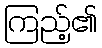
ကြည့်၏